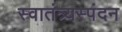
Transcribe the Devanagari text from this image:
स्वातंत्र्यस्पंदन